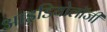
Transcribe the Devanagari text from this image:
आइडियोलॉजी